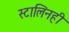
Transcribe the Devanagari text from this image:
स्टालिनही